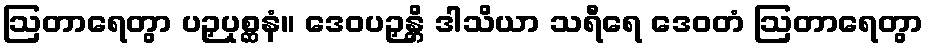
ဩတာရေတွာ ပဉှပုစ္ဆနံ။ ဒေဝပဉှန္တိ ဒါသိယာ သရီရေ ဒေဝတံ ဩတာရေတွာ